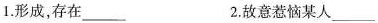
1.形成，存在___ 2.故意惹恼某人___